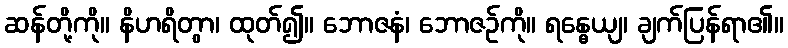
ဆန်တို့ကို။ နိဟရိတွာ၊ ထုတ်၍။ ဘောဇနံ၊ ဘောဇဉ်ကို။ ရန္ဓေယျ၊ ချက်ပြန်ရာ၏။